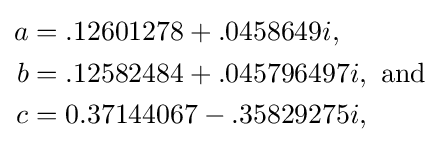
{\begin{aligned}a&=.12601278+.0458649i,\\b&=.12582484+.045796497i,{\text{ and}}\\c&=0.37144067-.35829275i,\end{aligned}}